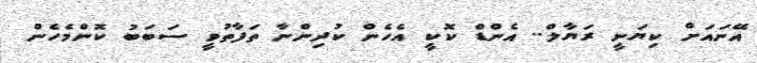
އޭނައަށް ކިޔަނީ ރަޔާލް.. އެންޑް ކޮކީ އެހެން ކުދިންނާ ތަފާތުވީ ސަބަބު ކޮންމެހެން